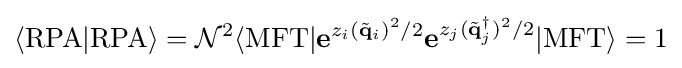
\langle \mathrm {RPA} |\mathrm {RPA} \rangle ={\mathcal {N}}^{2}\langle \mathrm {MFT} |\mathbf {e} ^{z_{i}({\tilde {\mathbf {q} }}_{i})^{2}/2}\mathbf {e} ^{z_{j}({\tilde {\mathbf {q} }}_{j}^{\dagger })^{2}/2}|\mathrm {MFT} \rangle =1